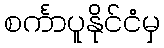
စင်္ကာပူနိုင်ငံမှ